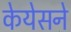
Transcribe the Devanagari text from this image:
केयेसने